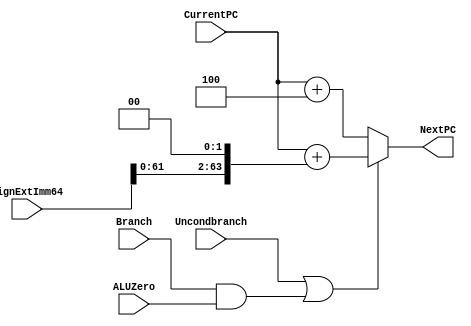
module NextPC(NextPC, CurrentPC, SignExtImm64, Branch, ALUZero, Uncondbranch); 
   input [63:0] CurrentPC, SignExtImm64; 
   input 	Branch, ALUZero, Uncondbranch; 
   output reg [63:0] NextPC; 

   /* write your code here */ 
   always @(*) begin
       if(Uncondbranch || (Branch && ALUZero)) begin //unconditional branch or CBZ 
            NextPC <= #3 CurrentPC + (SignExtImm64 << 2); //add PC with sign extender 
           end
       else begin
            NextPC <= #2 CurrentPC + 4; //increase pc by 4
           end
    end
endmodule